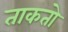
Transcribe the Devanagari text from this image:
ताकतो